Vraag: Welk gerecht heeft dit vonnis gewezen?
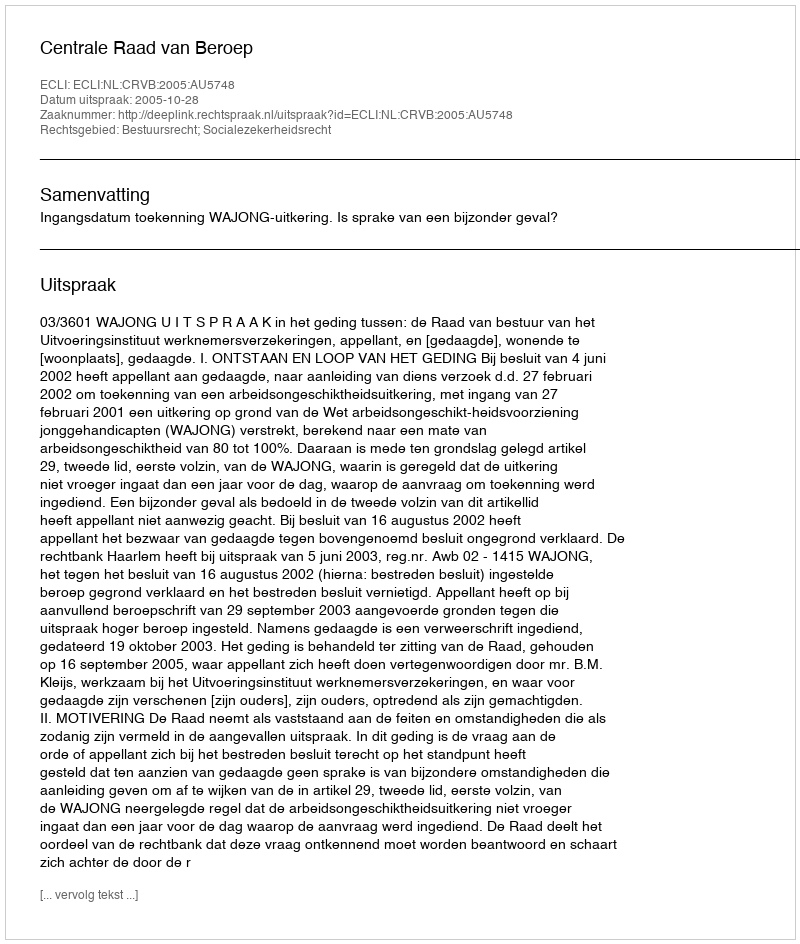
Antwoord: Centrale Raad van Beroep